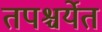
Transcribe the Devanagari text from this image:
तपश्चर्येत